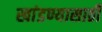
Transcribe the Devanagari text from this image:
खांडण्यासाठी